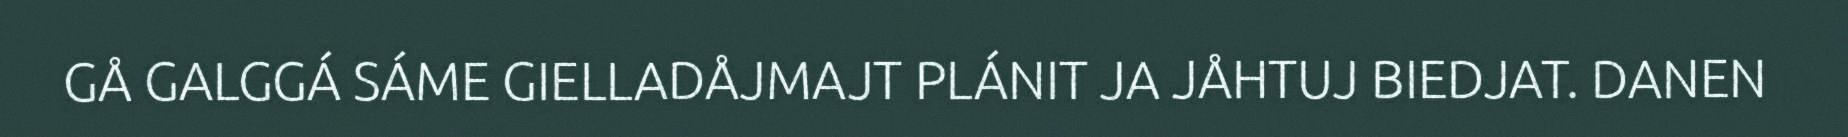
GÅ GALGGÁ SÁME GIELLADÅJMAJT PLÁNIT JA JÅHTUJ BIEDJAT. DANEN